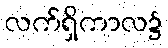
လက်ရှိကာလ၌